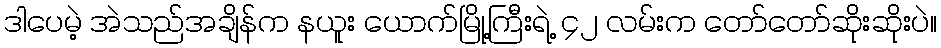
ဒါပေမဲ့ အဲသည်အချိန်က နယူး ယောက်မြို့ကြီးရဲ့ ၄၂ လမ်းက တော်တော်ဆိုးဆိုးပဲ။